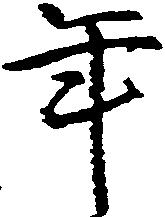
年